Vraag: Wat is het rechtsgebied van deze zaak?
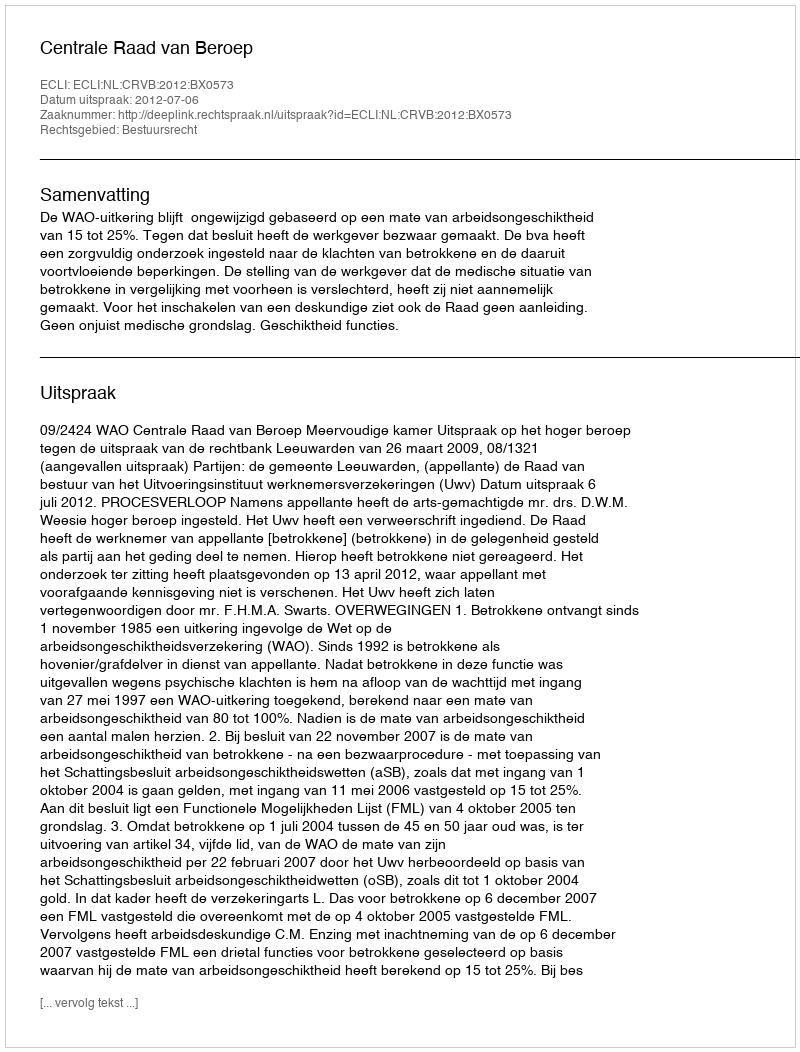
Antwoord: Bestuursrecht